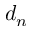
d _ { n }